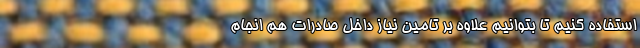
استفاده کنیم تا بتوانیم علاوه بر تامین نیاز داخل صادرات هم انجام